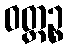
ဝတ္ထဉ္စ